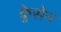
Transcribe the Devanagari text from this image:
क्लेसेन